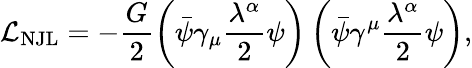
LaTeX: {\cal L}_{\mathrm{NJL}}=-\frac{G}{2}\left(\bar{\psi}\gamma_{\mu}\frac{\lambda^{\alpha}}{2}\psi\right)\left(\bar{\psi}\gamma^{\mu}\frac{\lambda^{\alpha}}{2}\psi\right),